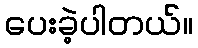
ပေးခဲ့ပါတယ်။